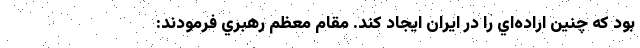
بود كه چنين اراده‌اي را در ايران ايجاد كند. مقام معظم رهبري فرمودند: